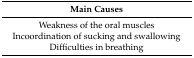
<table><thead><tr><td><b>Main Causes</b></td></tr></thead><tbody><tr><td>Weakness of the oral muscles</td></tr><tr><td>Incoordination of sucking and swallowing</td></tr><tr><td>Difficulties in breathing</td></tr></tbody></table>